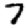
Digit: 7